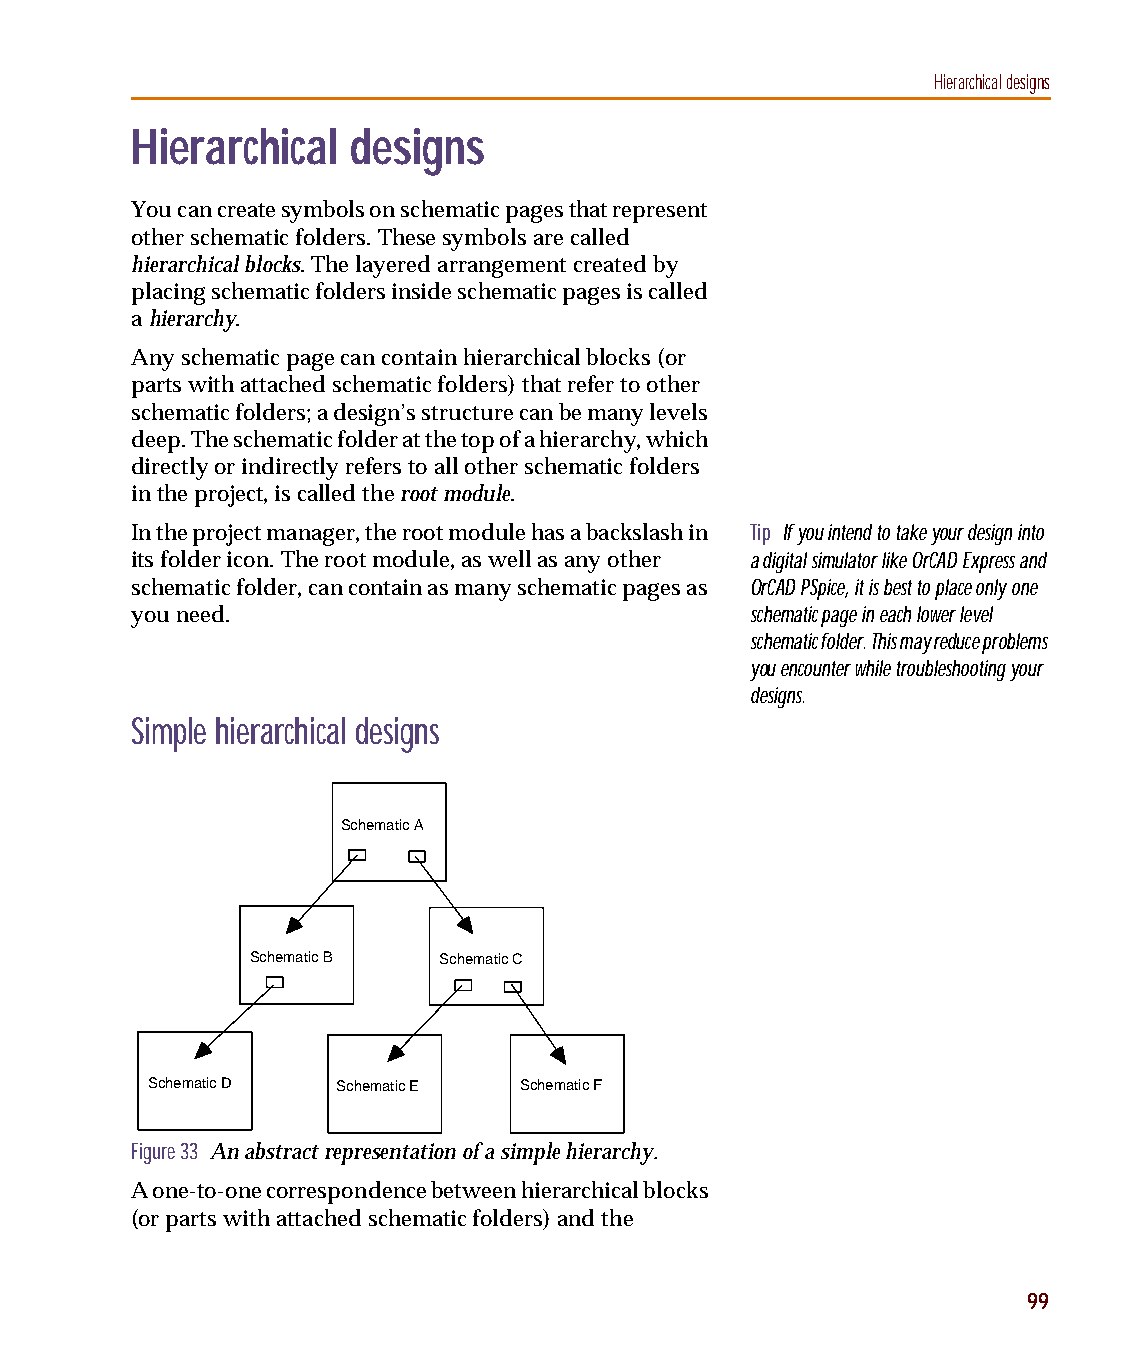
capug.book Page 99 Thursday, November 12, 1998 3:38 PM
 Hierarchical designs
 Hierarchical  designs
 You can create symbols on schematic pages that represent
 other schematic folders. These symbols are called
 hierarchical blocks. The layered arrangement created by
 placing schematic folders inside schematic pages is called
 a hierarchy.
 Any schematic page can contain hierarchical blocks (or
 parts with attached schematic folders) that refer to other
 schematic folders; a design’s structure can be many levels
 deep. The schematic folder at the top of a hierarchy, which
 directly or indirectly refers to all other schematic folders
 in the project, is called the root module.
 In the project manager, the root module has a backslash in Tip If you intend to take your design into
 its folder icon. The root module, as well as any other a digital simulator like OrCAD Express and
 schematic folder, can contain as many schematic pages as OrCAD PSpice, it is best to place only one
 you need.                                schematic page in each lower level
 schematic folder. This may reduce problems
 you encounter while troubleshooting your
 designs.
 Simple hierarchical designs
 Schematic A
 Schematic B  Schematic C
 Schematic D Schematic E Schematic F
 Figure 33 An abstract representation of a simple hierarchy.
 A one-to-one correspondence between hierarchical blocks
 (or parts with attached schematic folders) and the
 99